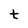
Character: t